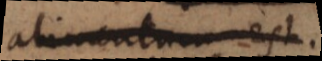
alimentum est.